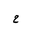
Letter: _ha